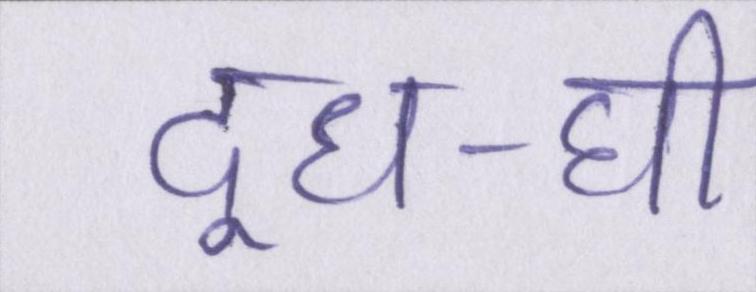
दूध-घी